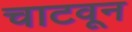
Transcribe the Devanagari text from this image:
चाटवून